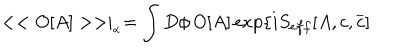
< < O [ A ] > > \mid _ { _ { \alpha } } = \int D \phi \, O [ A ] \exp \{ i S _ { e f f } [ A , c , \overline { { { c } } } ]